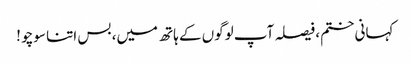
کہانی ختم، فیصلہ آپ لوگوں کے ہاتھ میں، بس اتنا سوچو !